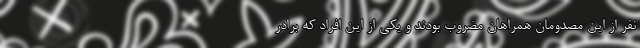
نفر از این مصدومان همراهان مضروب بودند و یکی از این افراد که برادر